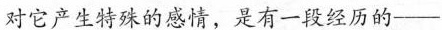
对它产生特殊的感情，是有一段经历的——